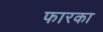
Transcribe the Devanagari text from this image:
फारका